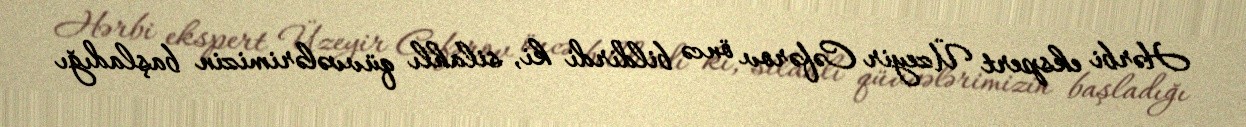
Hərbi ekspert Üzeyir Cəfərov öncə bildirdi ki, silahlı qüvvələrimizin başladığı